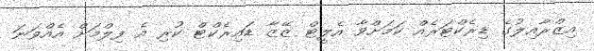
އިޒްްރާއިލުގެ ޑިރެކްޓަރެއް ކަމަށްވާ އެލީޓް ޒޭޒާ ޑައިރެކްޓް ކުރި އެ ފިލްމަށް އެއްވަނަ